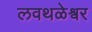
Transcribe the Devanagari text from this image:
लवथळेश्वर